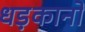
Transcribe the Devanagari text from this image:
धड़कानों